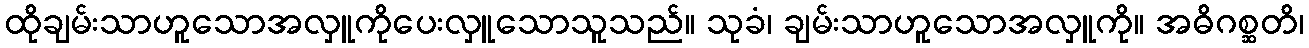
ထိုချမ်းသာဟူသောအလှူကိုပေးလှူသောသူသည်။ သုခံ၊ ချမ်းသာဟူသောအလှူကို။ အဓိဂစ္ဆတိ၊